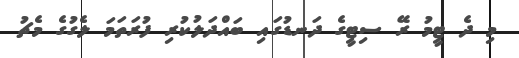
މި ދެ ޓީމު ރޭ ސިޓީގެ ދަނޑުގައި ބައްދަލުކުރި ފުރަތަމަ ލެގުގެ މެޗު